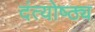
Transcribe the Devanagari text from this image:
दंत्योष्ठ्य